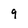
Character: 9